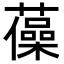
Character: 𧁫